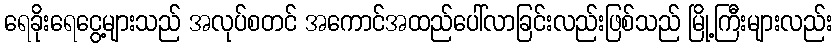
ရေခိုးရေငွေ့များသည် အလုပ်စတင် အကောင်အထည်ပေါ်လာခြင်းလည်းဖြစ်သည် မြို့ကြီးများလည်း